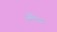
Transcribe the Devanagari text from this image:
अटिकट